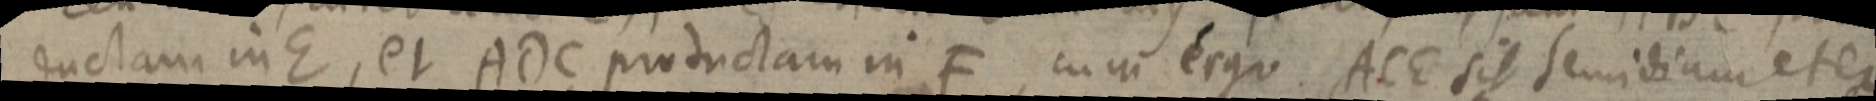
ductam in E, et ADC productam in F, cum ergo ACE sit semidiameter